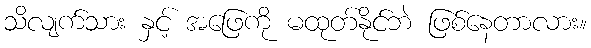
သိလျက်သား နှင့် အဖြေကို မထုတ်နိုင်ဘဲ ဖြစ်နေတာလား။